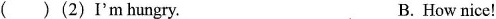
( )(2)I'm hungry.B.How nice!